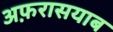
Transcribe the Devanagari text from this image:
अफ़रासयाब